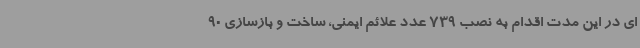
ای در این مدت اقدام به نصب 739 عدد علائم ایمنی، ساخت و بازسازی 90